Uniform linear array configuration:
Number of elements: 48
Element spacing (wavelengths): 0.25
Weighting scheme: exponential
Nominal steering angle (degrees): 45
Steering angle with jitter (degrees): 45.19
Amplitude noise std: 0.05
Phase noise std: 0.05

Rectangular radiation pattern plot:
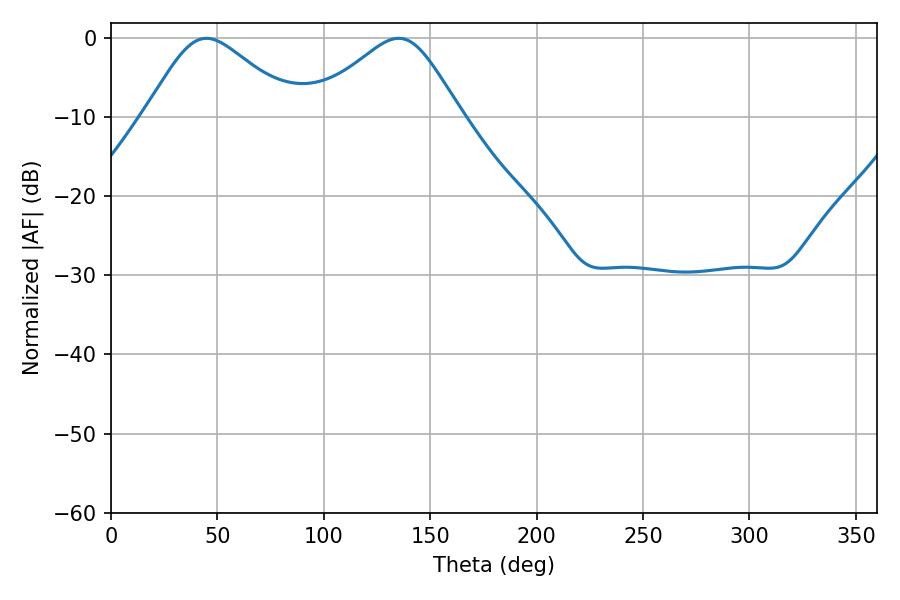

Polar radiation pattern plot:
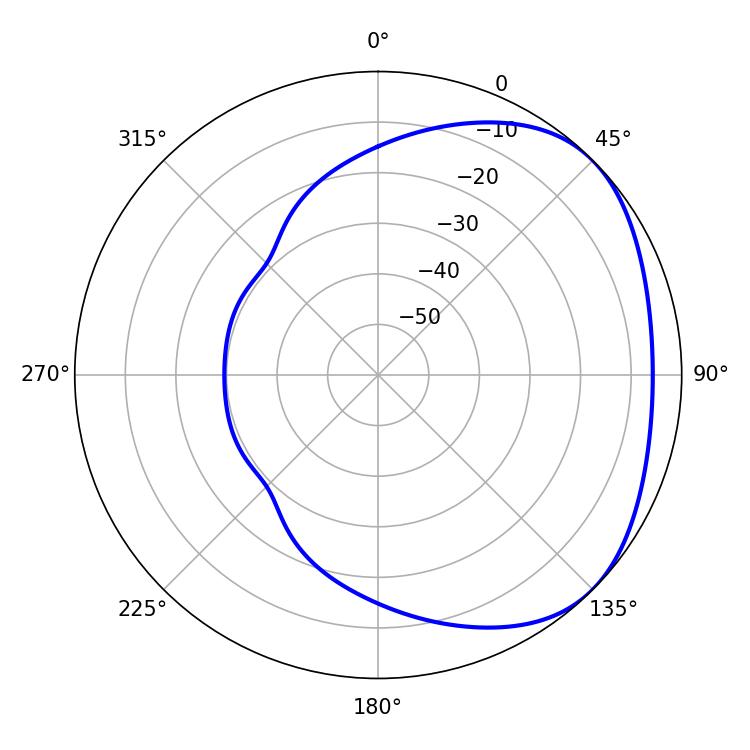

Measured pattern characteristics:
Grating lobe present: FALSE
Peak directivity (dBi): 2.854
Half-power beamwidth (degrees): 34.56
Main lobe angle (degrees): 44.82